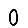
Digit: 0